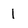
Character: 1